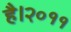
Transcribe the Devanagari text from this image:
है।२०११